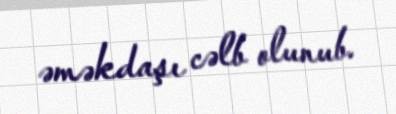
əməkdaşı cəlb olunub.